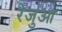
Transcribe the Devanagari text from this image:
रेजुआ